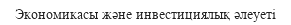
Экономикасы және инвестициялық әлеуеті